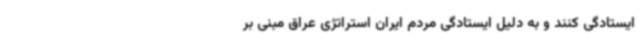
ایستادگی کنند و به دلیل ایستادگی مردم ایران استراتژی عراق مبنی بر